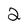
Character: 2